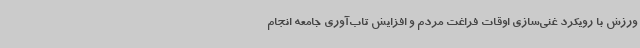
ورزش با رویکرد غنی‌سازی اوقات فراغت مردم و افزایش تاب‌آوری جامعه انجام